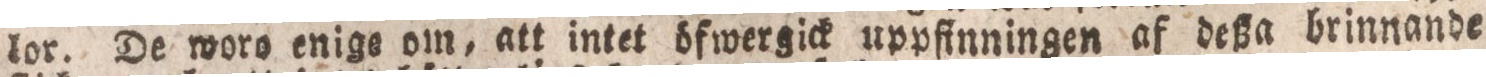
lor. De woro enige om, att intet öfwergick uppfinningen af deßa brinnande